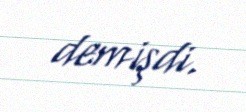
demişdi.